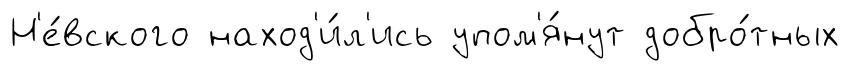
Н'е́вского наход'и́л'ись упом'я́нут добро́тных